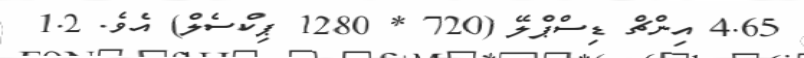
4.65 އިންޗް ޑިސްޕްލޭ (720 * 1280 ޕިކްސެލް) އެވެ. 1.2